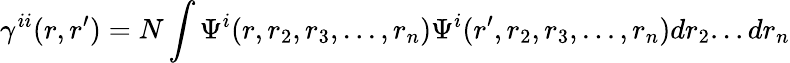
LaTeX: \gamma^{ii}(r,r^{\prime})=N\int\Psi^{i}(r,r_{2},r_{3},...,r_{n})\Psi^{i}(r^{\prime},r_{2},r_{3},...,r_{n})dr_{2}...dr_{n}